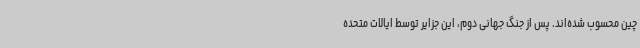
چین محسوب شده‌اند. پس از جنگ جهانی دوم، این جزایر توسط ایالات متحده